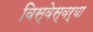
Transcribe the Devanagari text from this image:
विस्वेस्वर्या